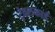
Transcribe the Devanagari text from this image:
ट्रेवलकार्ड